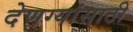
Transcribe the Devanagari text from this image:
देणग्यांसाठी